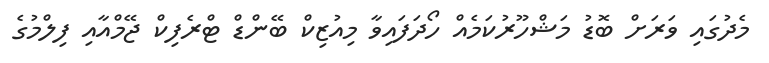
މެދުގައި ވަރަށް ބޮޑު މަޝްހޫރުކަމެއް ހޯދަފައިވާ މިއުޒިކް ބޭންޑް ޓްރެފިކް ޖޭމްއާއި ފިލްމުގެ